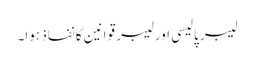
لیبر پالیسی اور لیبر قوانین کا نفاذ ہوا۔